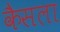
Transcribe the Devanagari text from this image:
कैसला